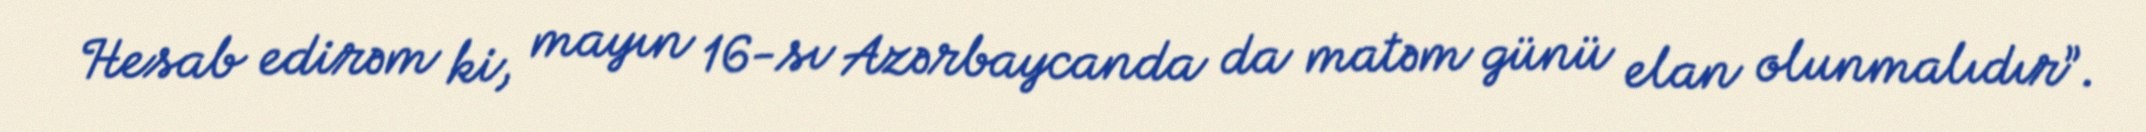
Hesab edirəm ki, mayın 16-sı Azərbaycanda da matəm günü elan olunmalıdır”.